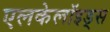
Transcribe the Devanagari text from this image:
एलकेलॉइड्स